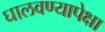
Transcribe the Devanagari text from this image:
घालवण्यापेक्षा